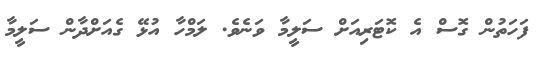
ފަހަތުން ގޮސް އެ ކޮޓަރިއަށް ސަލީމާ ވަނެވެ. ލަމްހާ އުޅޭ ގެއަށްދާން ސަލީމާ